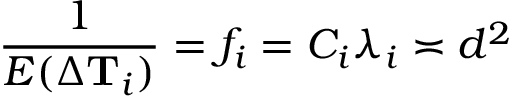
\frac { 1 } { E ( \Delta \mathbf { T } _ { i } ) } = f _ { i } = C _ { i } \lambda _ { i } \asymp d ^ { 2 }